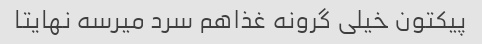
پیکتون خیلی گرونه غذاهم سرد میرسه نهایتا